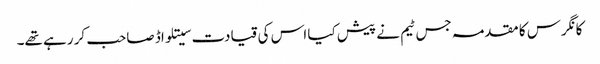
کانگرس کا مقدمہ جس ٹیم نے پیش کیا اس کی قیادت سیتلواڈ صاحب کر رہے تھے۔